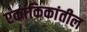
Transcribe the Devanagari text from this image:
एकांकिकांतील